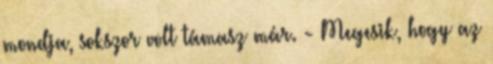
mondja, sokszor volt támasz már. - Megesik, hogy az